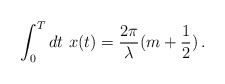
\begin{align*}\int_{0}^{T} dt\,\, x(t) = \frac{2\pi}{\lambda}(m+\frac{1}{2})\,.\end{align*}